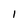
Character: 1